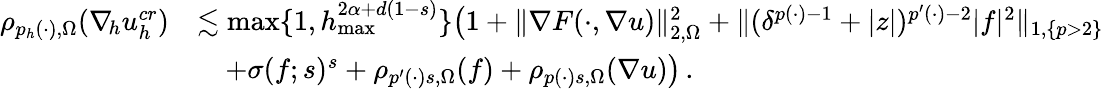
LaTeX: \begin{array}{rl}{\rho_{p_{h}(\cdot),\Omega}(\nabla_{\! h}u_{h}^{\textit{cr}})}&{\lesssim\operatorname*{max}\{ 1,h_{\operatorname*{max}}^{2\alpha+d(1-s)}\} \big(1+\| \nabla F(\cdot,\nabla u)\| _{2,\Omega}^{2}+\| (\delta^{p(\cdot)-1}+\vert z\vert)^{p^{\prime}(\cdot)-2}\vert f\vert^{2}\| _{1,\{ p>2\} }}\\ &{\quad+\sigma(f;s)^{s}+\rho_{p^{\prime}(\cdot)s,\Omega}(f)+\rho_{p(\cdot)s,\Omega}(\nabla u)\big)\, .}\end{array}